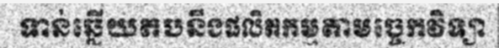
ទាន់ឆ្លើយតបនឹងផលិតកម្មតាមច្ចេកវិទ្យា